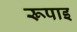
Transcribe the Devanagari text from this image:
रूपाइ